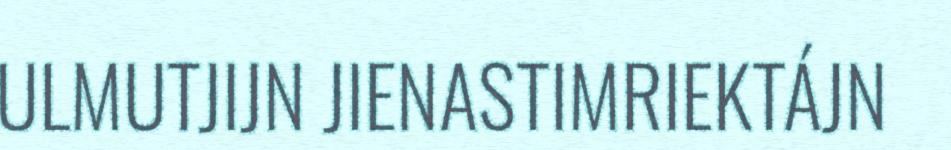
ULMUTJIJN JIENASTIMRIEKTÁJN